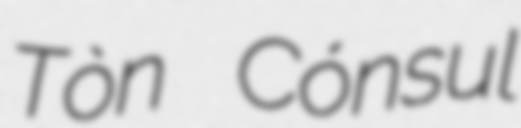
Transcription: Tòn Cónsul